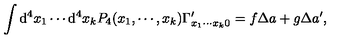
\int \mathrm { d } ^ { 4 } x _ { 1 } \cdots \mathrm { d } ^ { 4 } x _ { k } P _ { 4 } ( x _ { 1 } , \cdots , x _ { k } ) \Gamma _ { x _ { 1 } \cdots x _ { k } 0 } ^ { \prime } = f \Delta a + g \Delta a ^ { \prime } ,